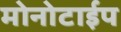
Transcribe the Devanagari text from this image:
मोनोटाईप